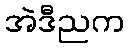
အဲဒီညက